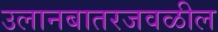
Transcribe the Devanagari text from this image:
उलानबातरजवळील